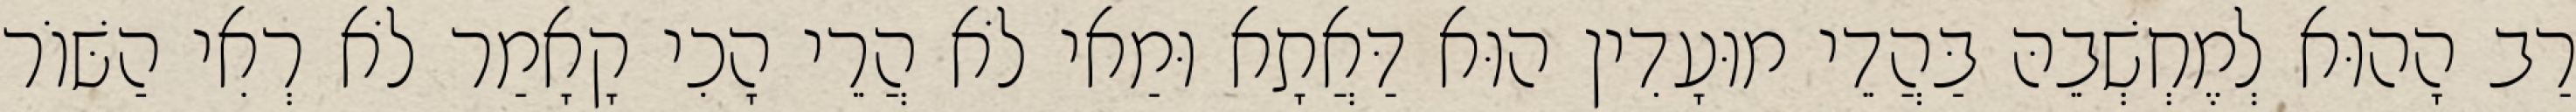
רַב הָהוּא לְמֶחְשְׁבֵהּ בַּהֲדֵי מוּעָדִין הוּא דַּאֲתָא וּמַאי לֹא הֲרֵי הָכִי קָאָמַר לֹא רְאִי הַשּׁוֹר